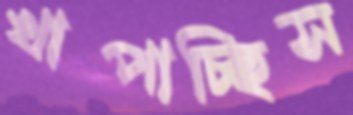
খাপাচ্ছিস